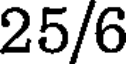
25/6